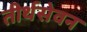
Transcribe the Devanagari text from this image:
तीर्थसेवन